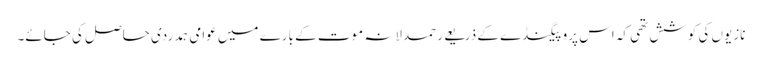
نازیوں کی کوشش تھی کہ اس پروپیگنڈے کے ذریعے رحمدلانہ موت کے بارے میں عوامی ہمدردی حاصل کی جائے۔